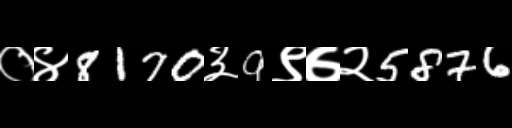
Text: ०४8170३9९७२5876